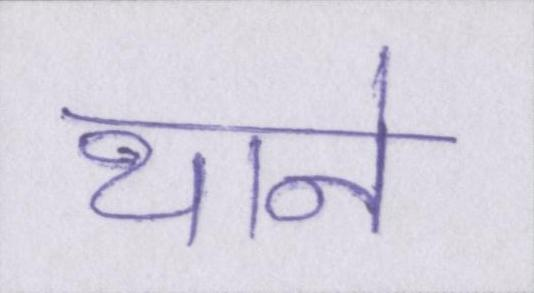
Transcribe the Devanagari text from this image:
थाने